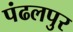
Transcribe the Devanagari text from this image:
पंढलपुर